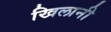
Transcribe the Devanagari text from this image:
खिलानी